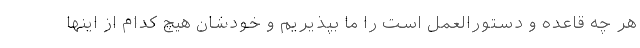
هر چه قاعده و دستورالعمل است را ما بپذیریم و خودشان هیچ کدام از اینها